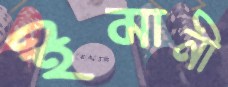
ইমানী